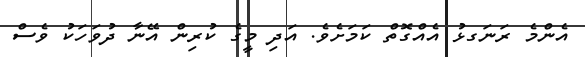
އެންމެ ރަނަގޅު އެއްގޮތް ކަމަށެވެ. އަދި މީގެ ކުރިން އޭނާ ދުވަހަކު ވެސް